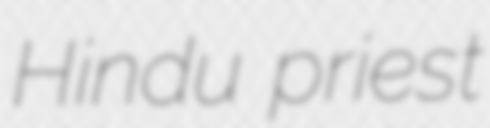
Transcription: Hindu priest